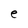
Character: e